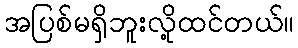
အပြစ်မရှိဘူးလို့ထင်တယ်။